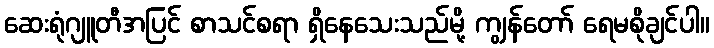
ဆေးရုံဂျူတီအပြင် စာသင်စရာ ရှိနေသေးသည်မို့ ကျွန်တော် ရေမစိုချင်ပါ။